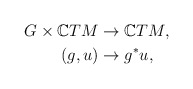
\begin{align*} G\times\mathbb{C }TM&\rightarrow \mathbb{C }TM, \\(g,u)&\rightarrow g^*u,\end{align*}